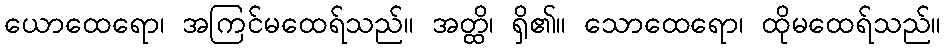
ယောထေရော၊ အကြင်မထေရ်သည်။ အတ္ထိ၊ ရှိ၏။ သောထေရော၊ ထိုမထေရ်သည်။